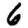
Digit: 6